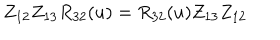
Z _ { 1 2 } Z _ { 1 3 } R _ { 3 2 } ( u ) = R _ { 3 2 } ( u ) Z _ { 1 3 } Z _ { 1 2 }